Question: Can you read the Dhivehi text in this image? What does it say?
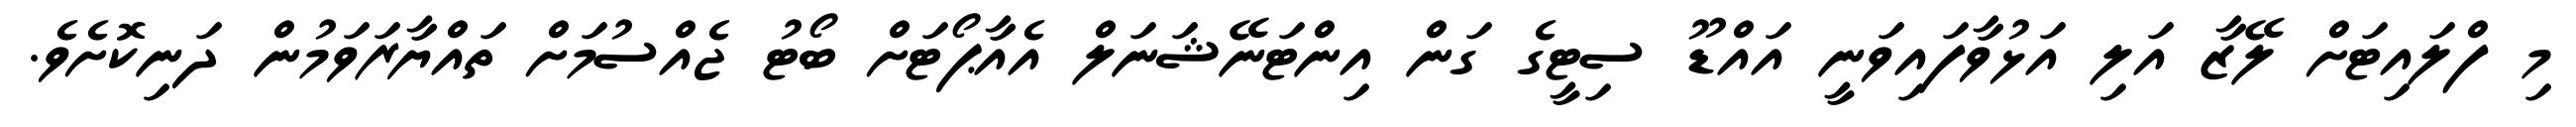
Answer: މި ފްލައިޓަށް ލޭޒާ އަލި އަޅުވާފައިވަނީ އައްޑޫ ސިޓީގެ ގަން އިންޓަނޭޝަނަލް އެއާޕޯޓަށް ބޯޓު ޖެއްސުމަށް ތައްޔާރަވަމުން ދަނިކޮށެވެ.